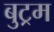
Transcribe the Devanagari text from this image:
बुट्रम